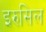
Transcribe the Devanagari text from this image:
इरुसिल